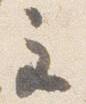
至